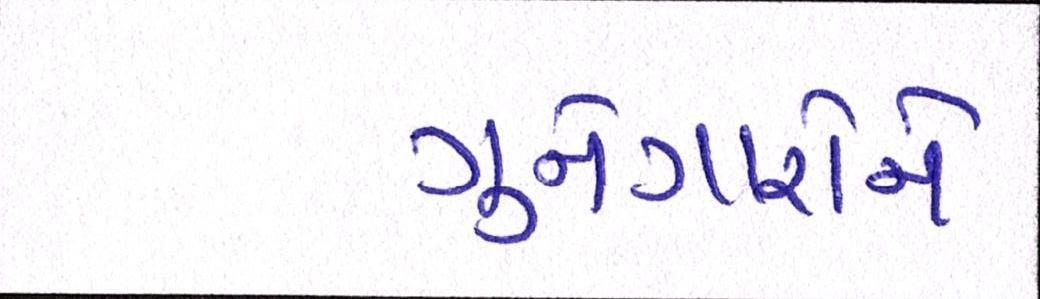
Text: ગુનેગારોને